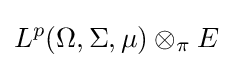
L^{p}(\Omega ,\Sigma ,\mu )\otimes _{\pi }E